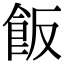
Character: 飯